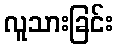
လူသားခြင်း